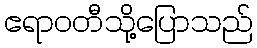
ဧရာဝတီသို့ပြောသည်